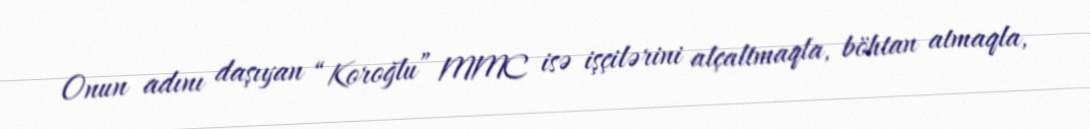
Onun adını daşıyan “Koroğlu” MMC isə işçilərini alçaltmaqla, böhtan atmaqla,